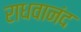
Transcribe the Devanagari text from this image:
राधवानंद